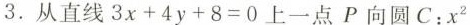
3.从直线$$3 x + 4 y + 8 = 0$$上一点P向圆C：$$x ^ { 2 }